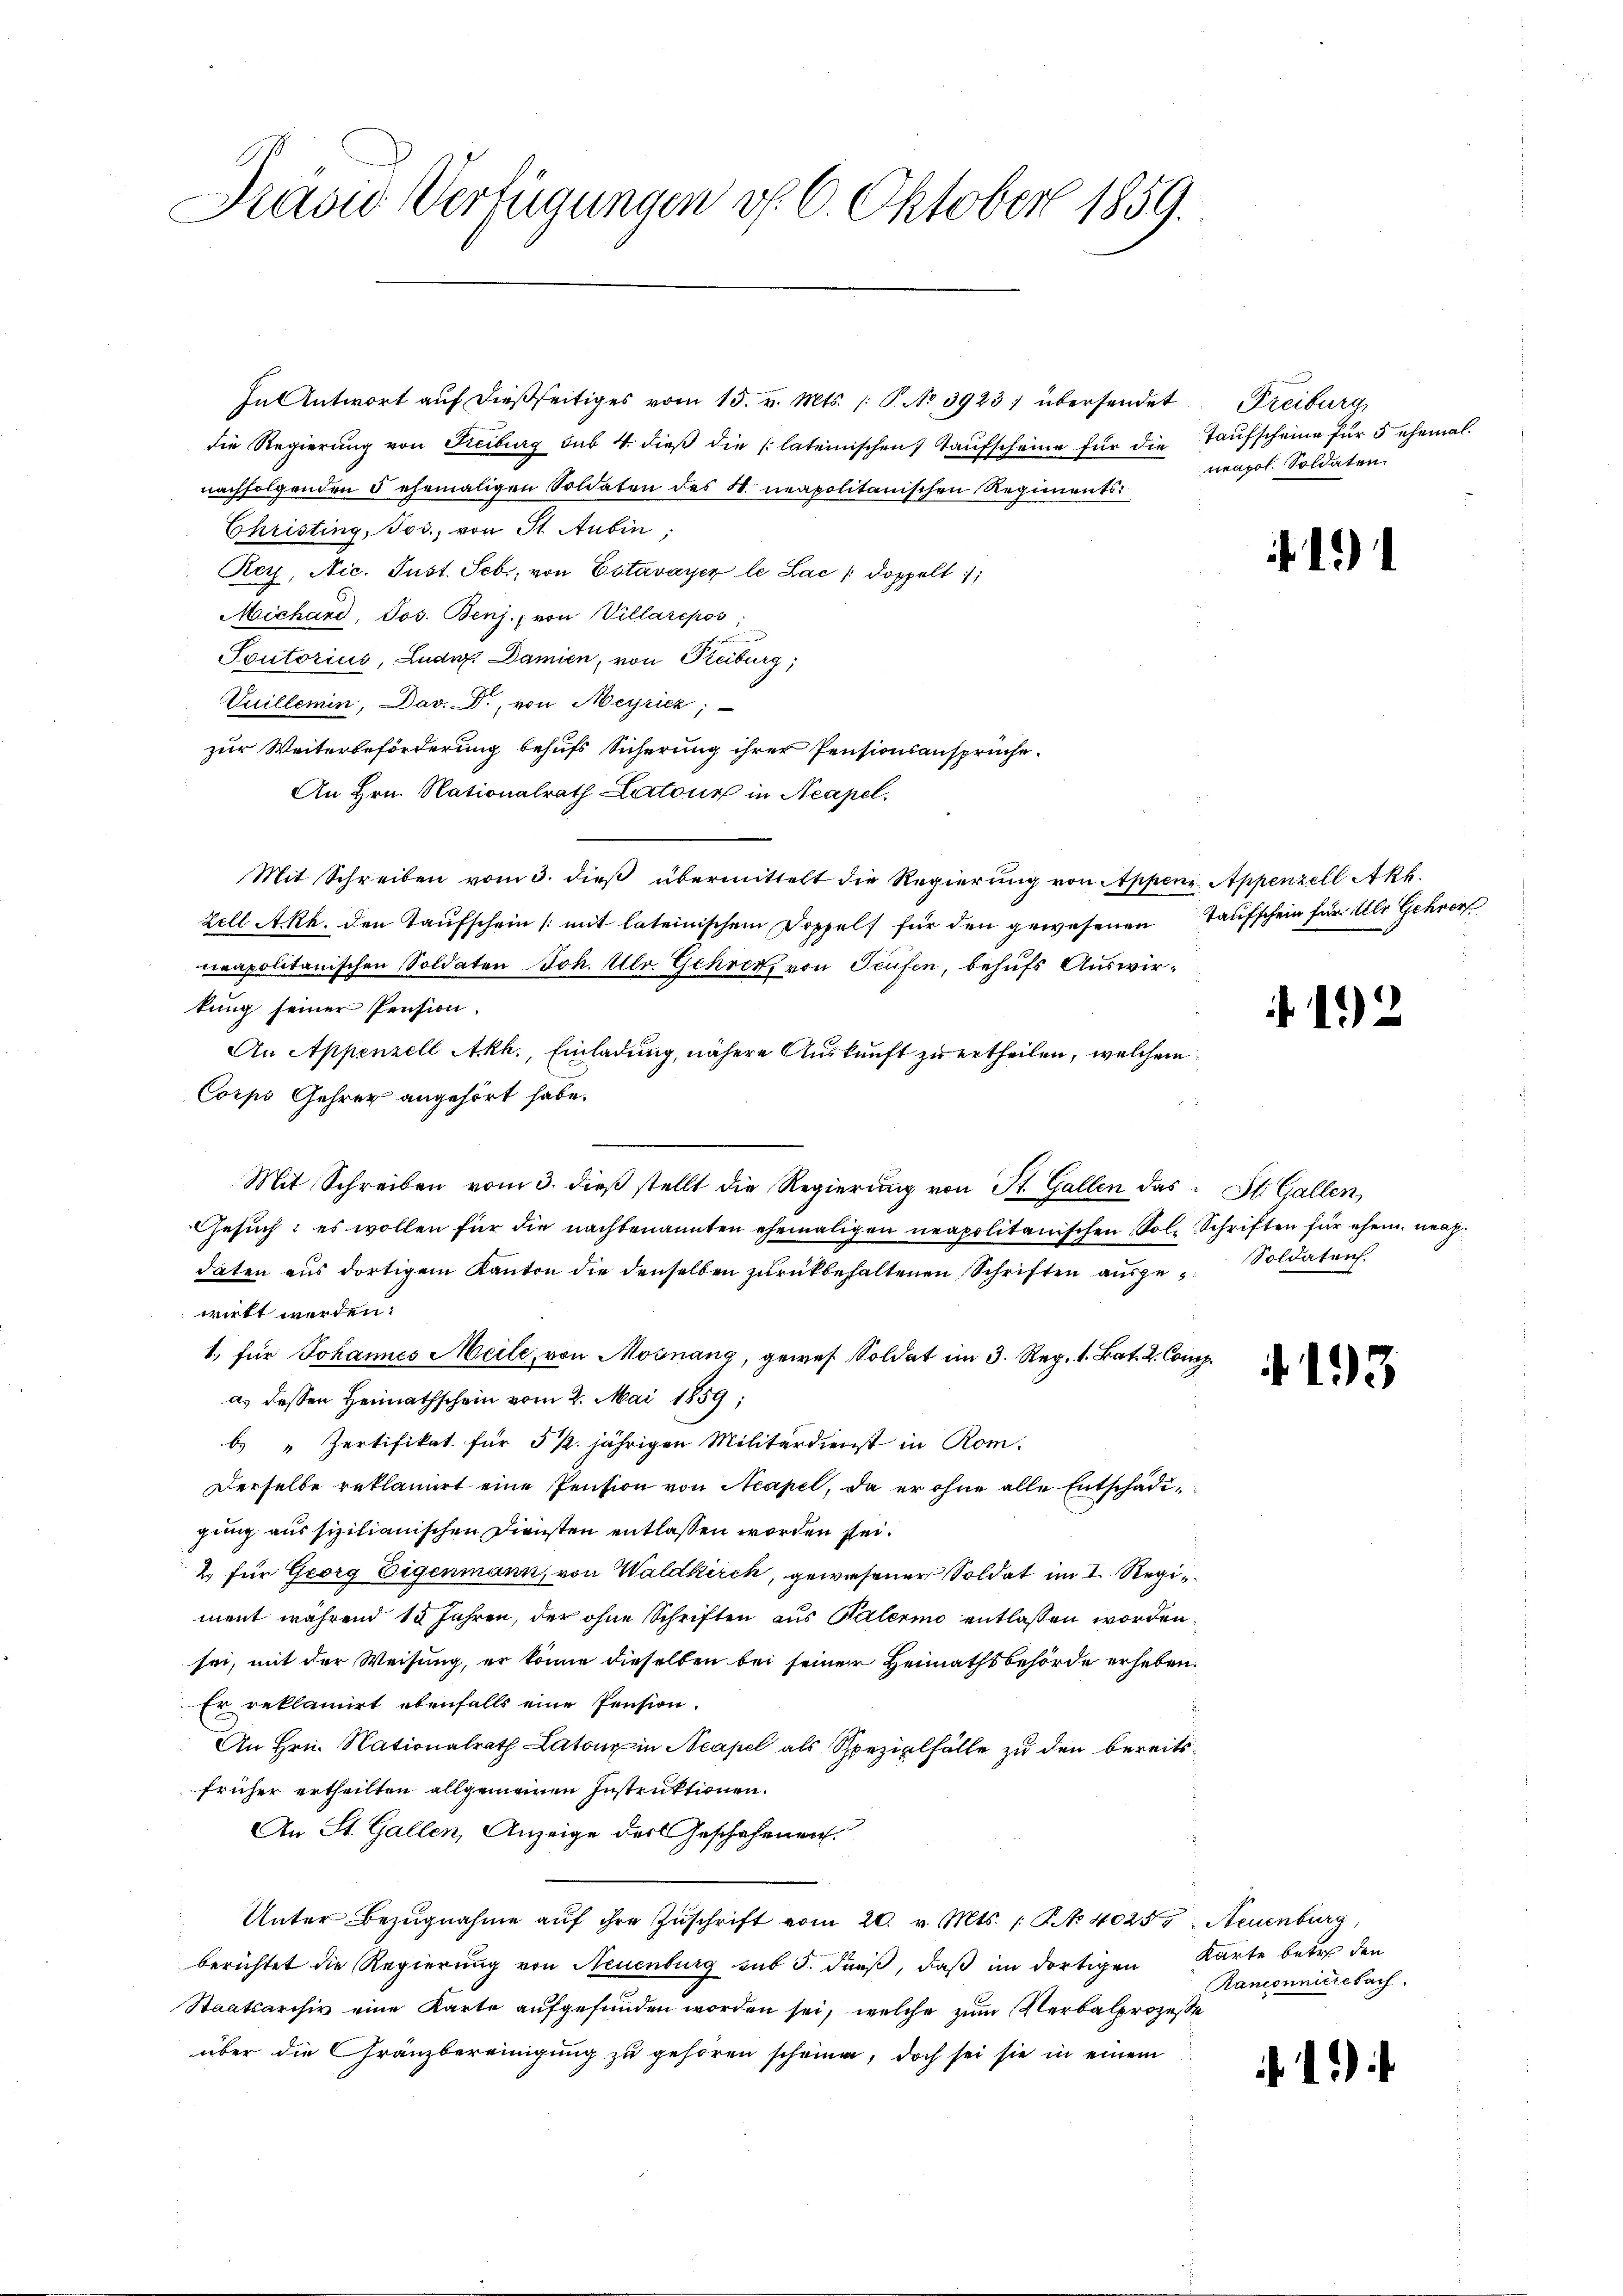
David Verfügungen v. 6. Oktober 1859.

In Antwort auf dießseitiges vom 15. v. Mts. /: P. No 3923, übersendet
die Regierung von Freiburg sub 4. dieβ die (lateinischen Taufscheine für die Taufscheine für 5 ehemal
nachfolgenden 5 ehemaligen Soldaten des St. neapolitanischen Regiments:
Christing, Jos., von St. Aubin,
Rey, Nic. Just. Seb., von Estavayer le Lac / doppelt
Michand, Jos. Benj. (von Villarepos;
Toutorius, Luder. Damien, von Freiburg,
Vuillemin, Dav. D., von Meyrich;
zur Weiterbeförderung behufs Sicherung ihrer Pensionsansprüche.
An Hrn. Nationalrath Latour in Neapel.
Mit Schreiben vom 3. dieß übermittelt die Regierung von Appene Appenzell Akk
Zell Akk. den Taufschein (mit lateinischem Doppels für den gewesenen Taufschein für ihr Gehor
neapolitanischen Soldaten Joh. Ulr. Gehrer, von Teufen, behufs Auswirkung seiner Pension.
An Appenzell Akh., Einladung, nähere Auskunft zu ertheilen, welchem
Corps Gehrer angehört habe.

Mit Schreiben vom 3. dieβ stellt die Regierŭng von St. Gallen das St. Gallen,
Gesuch: es wollen für die nachbenannten ehemaligen neapolitanischen Sol. Schriften für ehem nech
daten aus dortigem Kanton die denselben zurückbehaltenen Schriften ausge-Soldaten.
wirkt werden.
1. für Johannes Meile, von Mosnang, gewes Soldat im 3. Rep. 1. Bat. 2. Comp.
a) dessen Heimathschein vom 2. Mai 1859:
b Zertifikat für 5 ½. jährigen Militärdienst in Rom.
Derselbe reklamiert eine Pension von Neapel, da er ohne alle Entschädigung aus sizilianischen Diensten entlassen worden sei.
2 für Georg Eigenmann, von Waldkirch, gewiesener Soldat im I. Regiment während 15 Jahren, der ohne Schriften aus Paterii entlassen worden.
sei, mit der Weisung, er könne dieselben bei seiner Heimathsbehörde erheben.
Er reklamirt ebenfalls eine Pension.
An Hrn. Nationalrath Latour in Neapel als Spezialfälle zu den bereitsfrüher ertheilten allgemeinen Instruktionen.
An St. Gallen, Anzeige der Geschehenen
Unter Bezŭgnahme aŭf ihre Zŭschrift vom 20. v. Mts. /: No 40254, Neuenburg,
berichtet die Regierung von Neuenburg sub 5. dieß, daß im dortigen Karte betr. den
Staatsarchiv eine Karte aufgefunden worden sei, welche zum Verbalprozesse
über die Gränzbereinigung zu gehören scheinen, doch sei sie in einem

Freiburg
neapol. Soldaten.

192

4193

anconnucrebach

1